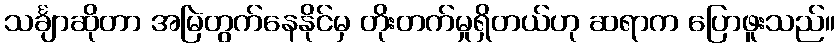
သင်္ချာဆိုတာ အမြဲတွက်နေနိုင်မှ တိုးတက်မှုရှိတယ်ဟု ဆရာက ပြောဖူးသည်။